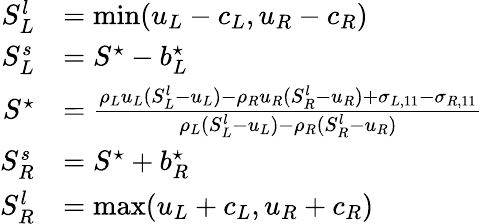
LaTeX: \begin{array}{rl}{S_{L}^{l}}&{=\mathrm{min}(u_{L}-c_{L},u_{R}-c_{R})}\\ {S_{L}^{s}}&{=S^{\star}-b_{L}^{\star}}\\ {S^{\star}}&{=\frac{\rho_{L}u_{L}(S_{L}^{l}-u_{L})-\rho_{R}u_{R}(S_{R}^{l}-u_{R})+\sigma_{L,11}-\sigma_{R,11}}{\rho_{L}(S_{L}^{l}-u_{L})-\rho_{R}(S_{R}^{l}-u_{R})}}\\ {S_{R}^{s}}&{=S^{\star}+b_{R}^{\star}}\\ {S_{R}^{l}}&{=\mathrm{max}(u_{L}+c_{L},u_{R}+c_{R})}\end{array}